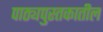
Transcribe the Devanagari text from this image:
पाठ्यपुस्तकातील